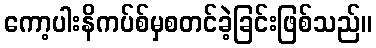
ကော့ပါးနိကပ်စ်မှစတင်ခဲ့ခြင်းဖြစ်သည်။